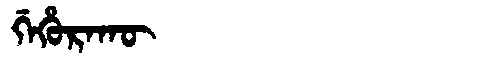
Manchu: ᡤᡝᡥᡠᡵᠠᡴᡡ
Romanization: GEHURAKŪ